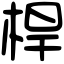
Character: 桿